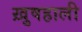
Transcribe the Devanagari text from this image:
ख़ुषहाली